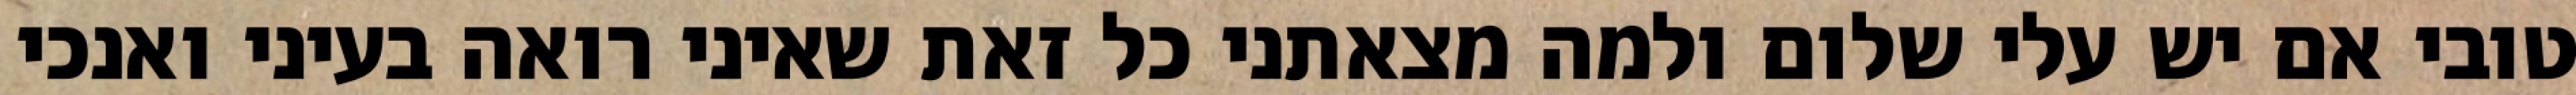
טובי אם יש עלי שלום ולמה מצאתני כל זאת שאיני רואה בעיני ואנכי